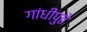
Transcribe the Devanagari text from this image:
गांधींपुढे